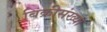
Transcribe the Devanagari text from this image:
बिक्रीसंख्या